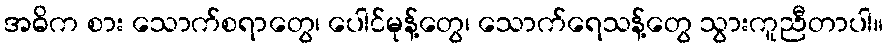
အဓိက စား သောက်စရာတွေ၊ ပေါင်မုန့်တွေ၊ သောက်ရေသန့်တွေ သွားကူညီတာပါ။